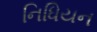
નિધિયન